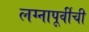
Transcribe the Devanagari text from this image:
लग्नापूर्वीची